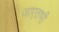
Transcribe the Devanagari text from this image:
जाएतभी